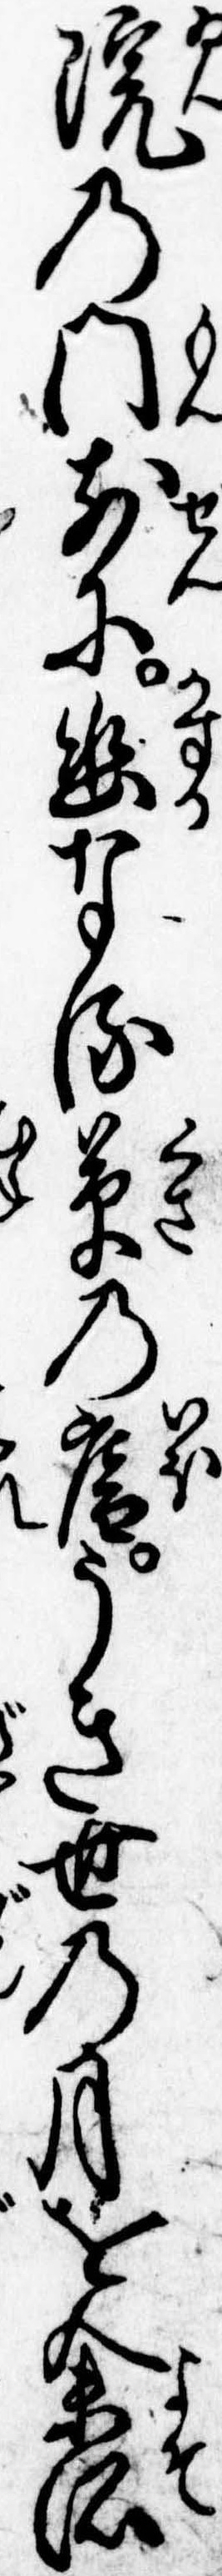
院の門前に幽なる草の庵うき世の月を余所